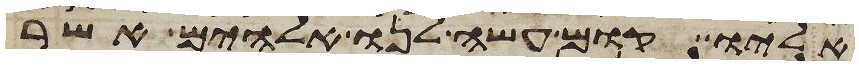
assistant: אליו קום עשה לנו אלהים אשר